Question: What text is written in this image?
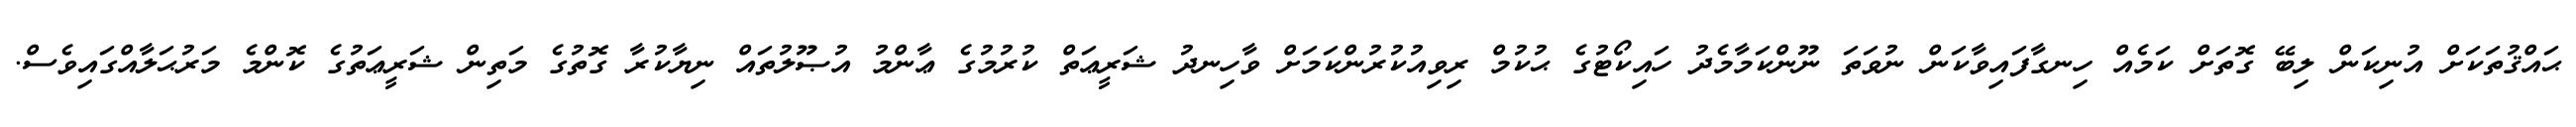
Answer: ޙައްޤުތަކަށް އުނިކަން ލިބޭ ގޮތަށް ކަމެއް ހިނގާފައިވާކަން ނުވަތަ ނޫންކަމާމެދު ހައިކޯޓުގެ ޙުކުމް ރިވިއުކުރުންކަމަށް ވާހިނދު ޝަރީޢަތް ކުރުމުގެ ޢާންމު އުޞޫލުތައް ނިޔާކުރާ ގޮތުގެ މަތިން ޝަރީޢަތުގެ ކޮންމެ މަރުޙަލާއްގައިވެސް.